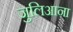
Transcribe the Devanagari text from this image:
जुलिआना